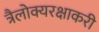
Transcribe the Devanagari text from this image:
त्रैलोक्यरक्षाकरी